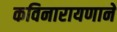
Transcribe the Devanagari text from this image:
कविनारायणाने